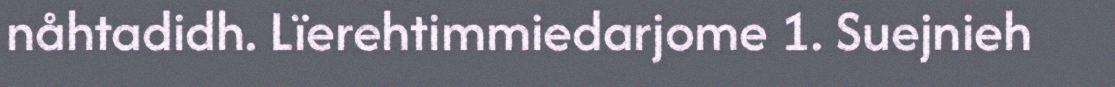
nåhtadidh. Lïerehtimmiedarjome 1. Suejnieh